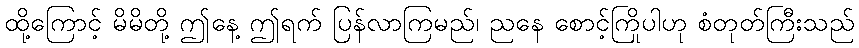
ထို့ကြောင့် မိမိတို့ ဤနေ့ ဤရက် ပြန်လာကြမည်၊ ညနေ စောင့်ကြိုပါဟု စံတုတ်ကြီးသည်